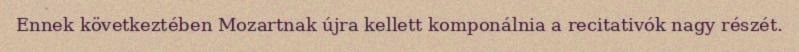
Ennek következtében Mozartnak újra kellett komponálnia a recitativók nagy részét.